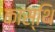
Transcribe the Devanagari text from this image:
कास्थि